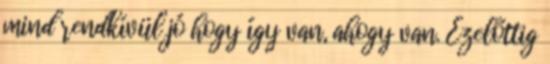
mind rendkívül jó hogy így van, ahogy van. Ezelőttig